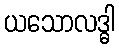
ယသောလဒ္ဓါ